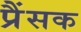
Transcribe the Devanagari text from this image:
प्रैंसक